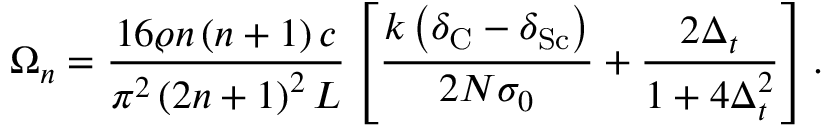
\Omega _ { n } = \frac { 1 6 \varrho n \left( n + 1 \right) c } { \pi ^ { 2 } \left( 2 n + 1 \right) ^ { 2 } L } \left[ \frac { k \left( \delta _ { \mathrm { C } } - \delta _ { \mathrm { S c } } \right) } { 2 N \sigma _ { 0 } } + \frac { 2 \Delta _ { t } } { 1 + 4 \Delta _ { t } ^ { 2 } } \right] .